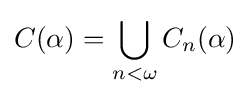
C(\alpha )=\bigcup \limits _{n<\omega }C_{n}(\alpha )